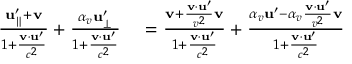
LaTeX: \begin{array} { r l } { { \frac { \mathbf { u } _ { \parallel } ^ { \prime } + \mathbf { v } } { 1 + { \frac { \mathbf { v } \cdot \mathbf { u } ^ { \prime } } { c ^ { 2 } } } } } + { \frac { \alpha _ { v } \mathbf { u } _ { \perp } ^ { \prime } } { 1 + { \frac { \mathbf { v } \cdot \mathbf { u } ^ { \prime } } { c ^ { 2 } } } } } } & { { } = { \frac { \mathbf { v } + { \frac { \mathbf { v } \cdot \mathbf { u } ^ { \prime } } { v ^ { 2 } } } \mathbf { v } } { 1 + { \frac { \mathbf { v } \cdot \mathbf { u } ^ { \prime } } { c ^ { 2 } } } } } + { \frac { \alpha _ { v } \mathbf { u } ^ { \prime } - \alpha _ { v } { \frac { \mathbf { v } \cdot \mathbf { u } ^ { \prime } } { v ^ { 2 } } } \mathbf { v } } { 1 + { \frac { \mathbf { v } \cdot \mathbf { u } ^ { \prime } } { c ^ { 2 } } } } } } \end{array}